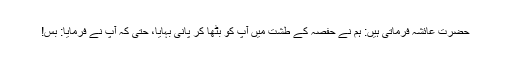
حضرت عائشہ فرماتی ہیں: ہم نے حفصہ کے طشت میں آپ کو بٹھا کر پانی بہایا، حتیٰ کہ آپ نے فرمایا: بس!